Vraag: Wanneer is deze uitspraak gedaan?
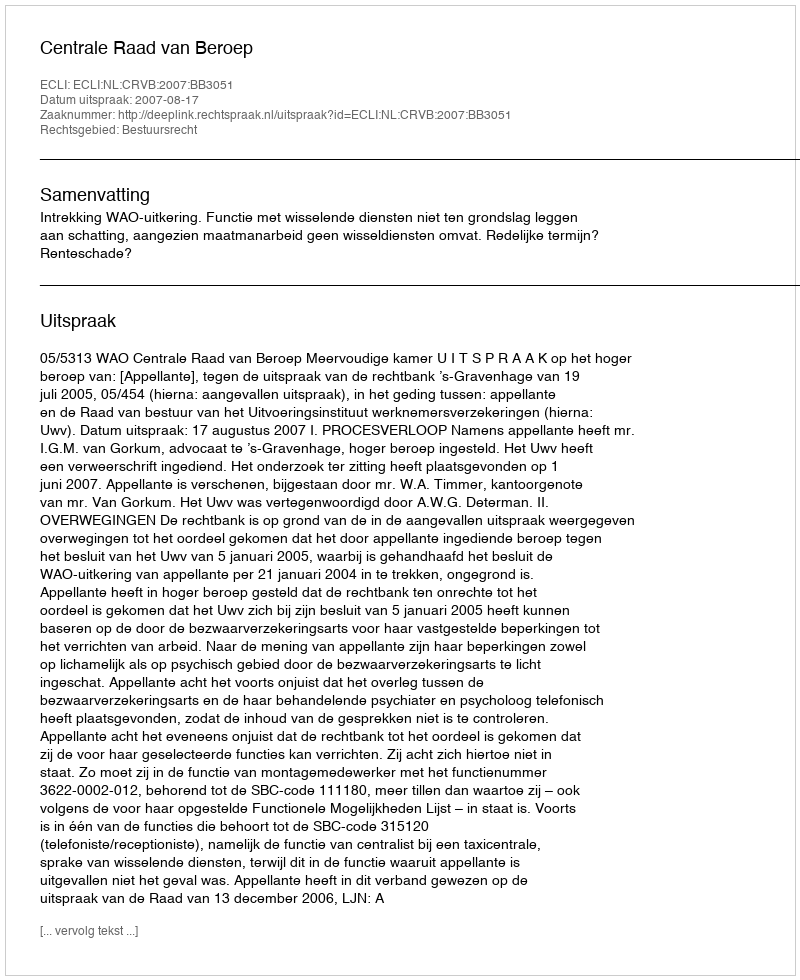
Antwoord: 2007-08-17